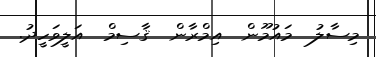
މިސާލު  މައުމޫން  އިމްރާން  ޤާސިމް  އަލީވަހީދު.